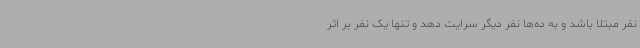
نفر مبتلا باشد و به ده‌ها نفر دیگر سرایت دهد و تنها یک نفر بر اثر